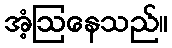
အံ့ဩနေသည်။